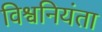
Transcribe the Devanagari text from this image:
विश्वनियंता